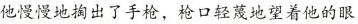
他慢慢地掏出了手枪，枪口轻蔑地望着他的眼